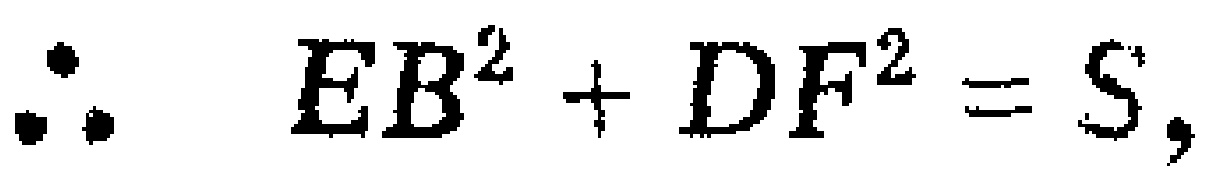
\(\therefore EB^{2}+DF^{2}=S,\)